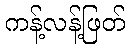
ကန့်လန့်ဖြတ်